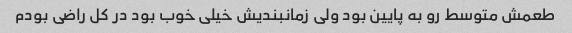
طعمش متوسط رو به پایین بود ولی زمانبندیش خیلی خوب بود در کل راضی بودم